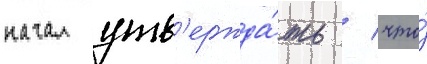
начал утв'ержда́ть / что́